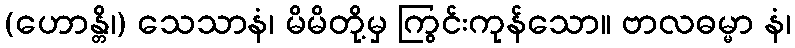
(ဟောန္တိ၊) သေသာနံ၊ မိမိတို့မှ ကြွင်းကုန်သော။ ဗာလဓမ္မာ နံ၊